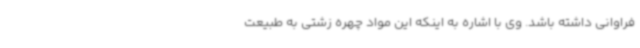
فراوانی داشته باشد. وی با اشاره به اینکه این مواد چهره زشتی به طبیعت